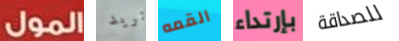
المول تريد القمه بإرتداء للصداقة